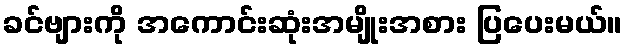
ခင်ဗျားကို အကောင်းဆုံးအမျိုးအစား ပြပေးမယ်။